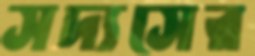
সদ্যসের